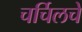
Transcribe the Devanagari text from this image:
चर्चिलचे